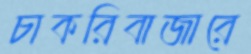
চাকরিবাজারে